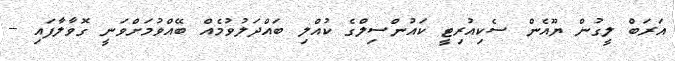
އަރަބް ލީގުން ޔޫއެން ސެކިއުރިޓީ ކައުންސިލްގެ ކުއްލި ބައްދަލުވުމެއް ބޭއްވުމަށްވަނީ ގޮވާލާފައި --